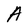
Character: A